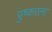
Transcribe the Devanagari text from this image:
पुष्करला